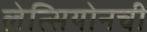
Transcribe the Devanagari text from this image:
लेत्सियोनची